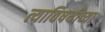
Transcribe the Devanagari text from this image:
त्याविषयीच्या